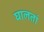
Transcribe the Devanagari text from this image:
घालतां